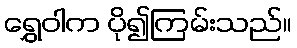
ရွှေဝါက ပို၍ကြမ်းသည်။